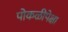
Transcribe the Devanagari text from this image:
पोकळीपेक्षा